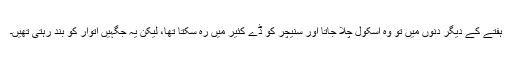
ہفتے کے دیگر دنوں میں تو وہ اسکول چلا جاتا اور سنیچر کو ڈے کئیر میں رہ سکتا تھا، لیکن یہ جگہیں اتوار کو بند رہتی تھیں۔